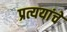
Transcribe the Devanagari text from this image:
प्रत्ययांचे